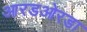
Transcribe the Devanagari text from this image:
आरडओरडा